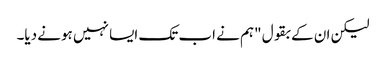
لیکن ان کے بقول "ہم نے اب تک ایسا نہیں ہونے دیا۔